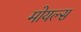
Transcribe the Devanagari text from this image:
मोयल्स